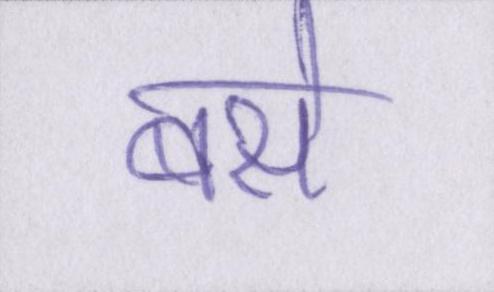
बसें